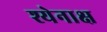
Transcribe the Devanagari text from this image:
श्येनाक्ष